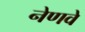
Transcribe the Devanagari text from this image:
नेणवे